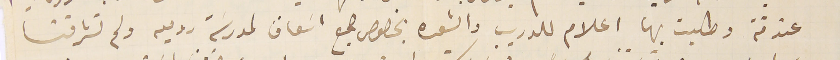
عندقة وطلبت بها اعلام للدريب والشعره بخصوص جمع اسَعاف لمدرسَة روميه ولم تشرفنا